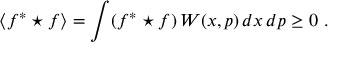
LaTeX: \langle f ^ { * } \star f \rangle = \int ( f ^ { * } \star f ) \, W ( x , p ) \, d x \, d p \geq 0 ~ .